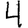
Digit: 4